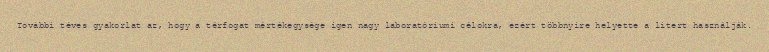
További téves gyakorlat az, hogy a térfogat mértékegysége igen nagy laboratóriumi célokra, ezért többnyire helyette a litert használják.